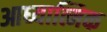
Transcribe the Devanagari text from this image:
आध्‍यात्मिक